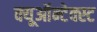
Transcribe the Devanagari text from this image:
क्यूऑन्टेक्स्ट